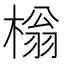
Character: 㮬